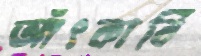
আঁৎকাবি